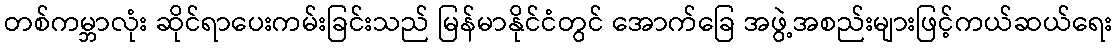
တစ်ကမ္ဘာလုံး ဆိုင်ရာပေးကမ်းခြင်းသည် မြန်မာနိုင်ငံတွင် အောက်ခြေ အဖွဲ့အစည်းများဖြင့်ကယ်ဆယ်ရေး